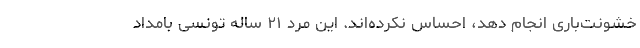
خشونت‌باری انجام دهد، احساس نکرده‌اند. این مرد ۲۱ ساله تونسی بامداد